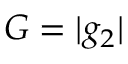
G = | g _ { 2 } |